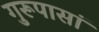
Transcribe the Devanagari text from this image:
गुरूपासां